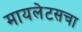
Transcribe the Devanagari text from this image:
मायलेटसचा